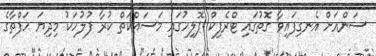
ސަންއަށް އެނގިފައިވާ ގޮތުގައި ޓްރެފިކް ޕޮލިހުގައި މަސައްކަތް ކުރާ ފުލުހަކު މިދިޔަ ހަފްތާގެ